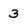
Character: 3